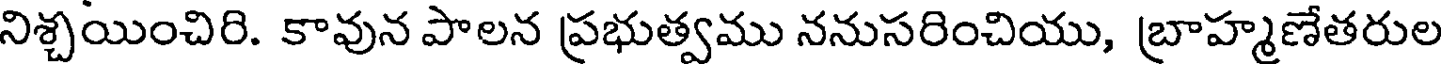
నిశ్చయించిరి. కావున పాలన ప్రభుత్వము ననుసరించియు, బ్రాహ్మణేతరుల